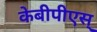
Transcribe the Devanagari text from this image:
केबीपीएस्‌